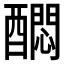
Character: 𲆻